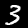
Digit: 3